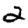
Digit: 2